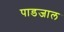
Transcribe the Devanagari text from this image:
पाडजाल